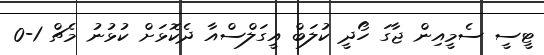
ޓީސީ ސެމީއިން ޖާގަ ހޯދީ ކުލަބް އީގަލްސްއާ ދެކޮޅަށް ކުޅުނު މެޗް 1-0